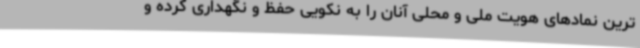
ترین نمادهای هویت ملی و محلی آنان را به نکویی حفظ و نگهداری کرده و